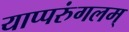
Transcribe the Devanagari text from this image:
याप्परुंगलम्